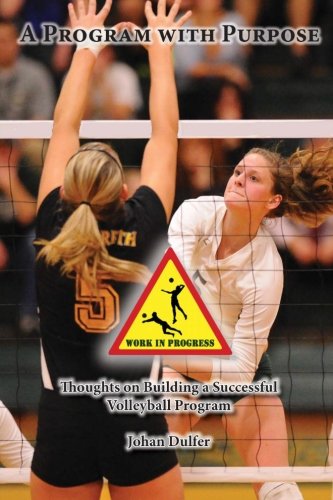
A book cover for A Program with Purpose: Thoughts on building a successful volleyball program; Johan Dulfer; Sports & Outdoors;